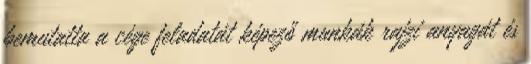
bemutatta a cége feladatát képező munkák rajzi anyagát és